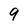
Character: 9